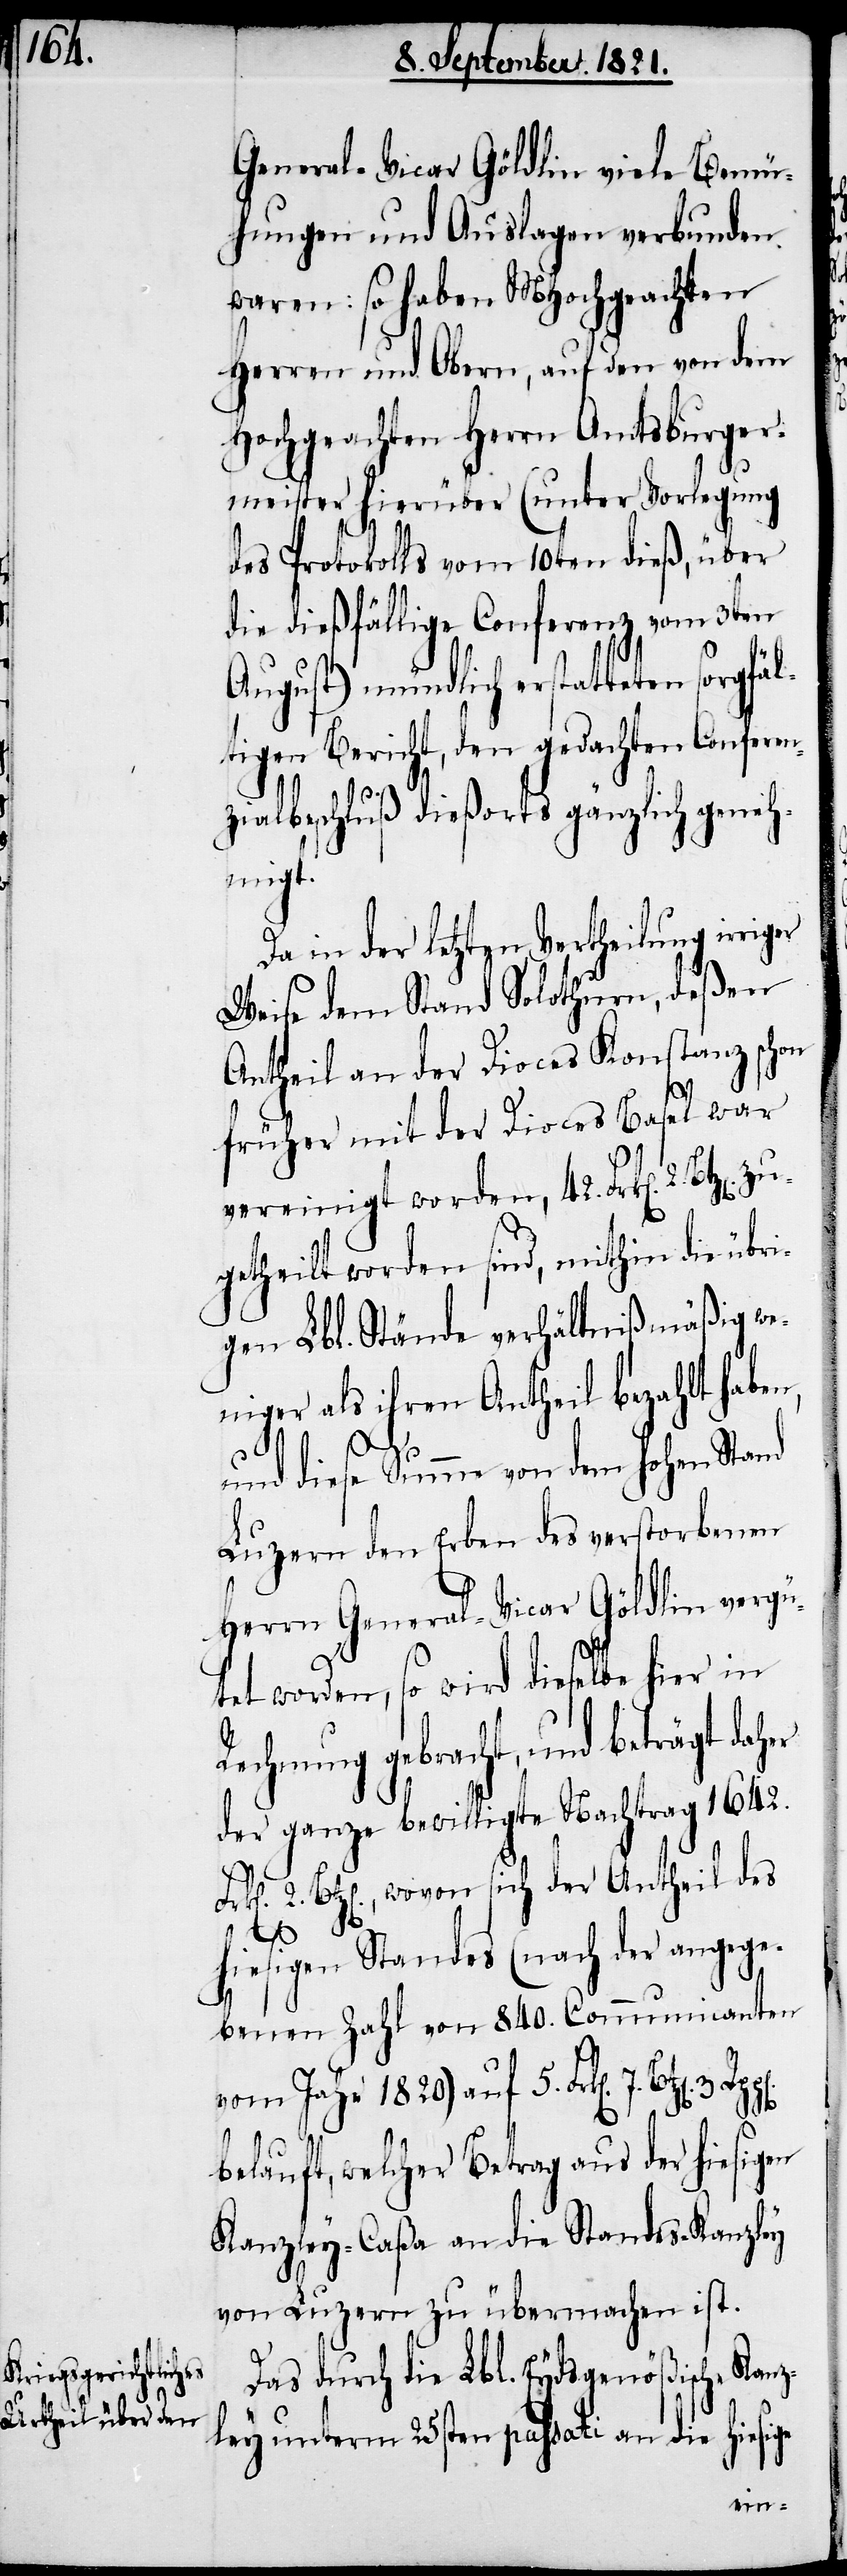
kriegsgerichtliche

General-Vicar Göldlin viele Bemü¬
hungen und Auslagen verbunden
waren: so haben MHochgeachten
Herren und Obern, auf den von dem
Hochgeachten Herrn Amtsburger¬
meister hierüber (unter Vorlegung
des Protokolls vom 10ten dieß, über
die dießfällige Conferenz vom 3ten
August) mündlich erstatteten sorgfä¬
ltigen Bericht, den gedachten Conferen¬
zialbeschluß dießorts gänzlich geneh¬
iger
Da in der letzten Vertheilung irr¬
Weise dem Stand Solothurn, deßen
Antheil an der Dioces Konstanz schon
früher mit der Dioces Basel war
vereinigt worden, 42. Frk[en]. 2.
ugetheilt worden sind, mithin die übri¬
gen Lbl. Stände verhältnißmäßig we¬
niger als ihren Antheil bezahlt haben,
und diese Summe von dem hohen Stand
Luzern den Erben des verstorbenen
Herrn General-Vicar Göldin vergüt¬
et worden, so wird dieselbe hier in
Rechnung gebracht, und beträgt daher
der ganze bewilligte Nachtrag 1642.
2. Btz[en]., wovon sich der Antheil des
z¬
hiesigen Standes (nach der angege¬
ben Zahl von 840. Communicanten
vom Jahr 1820) auf 5. Frk[en]. 7.
belauft, welcher Betrag aus der hiesigen
Kanzley-Caßa an die Standes-Kanzley
von Luzern zu übermachen ist.
durch die Lbl. Eydsgenößische Kan¬
zley unterm 25sten passati an die hiesige
von